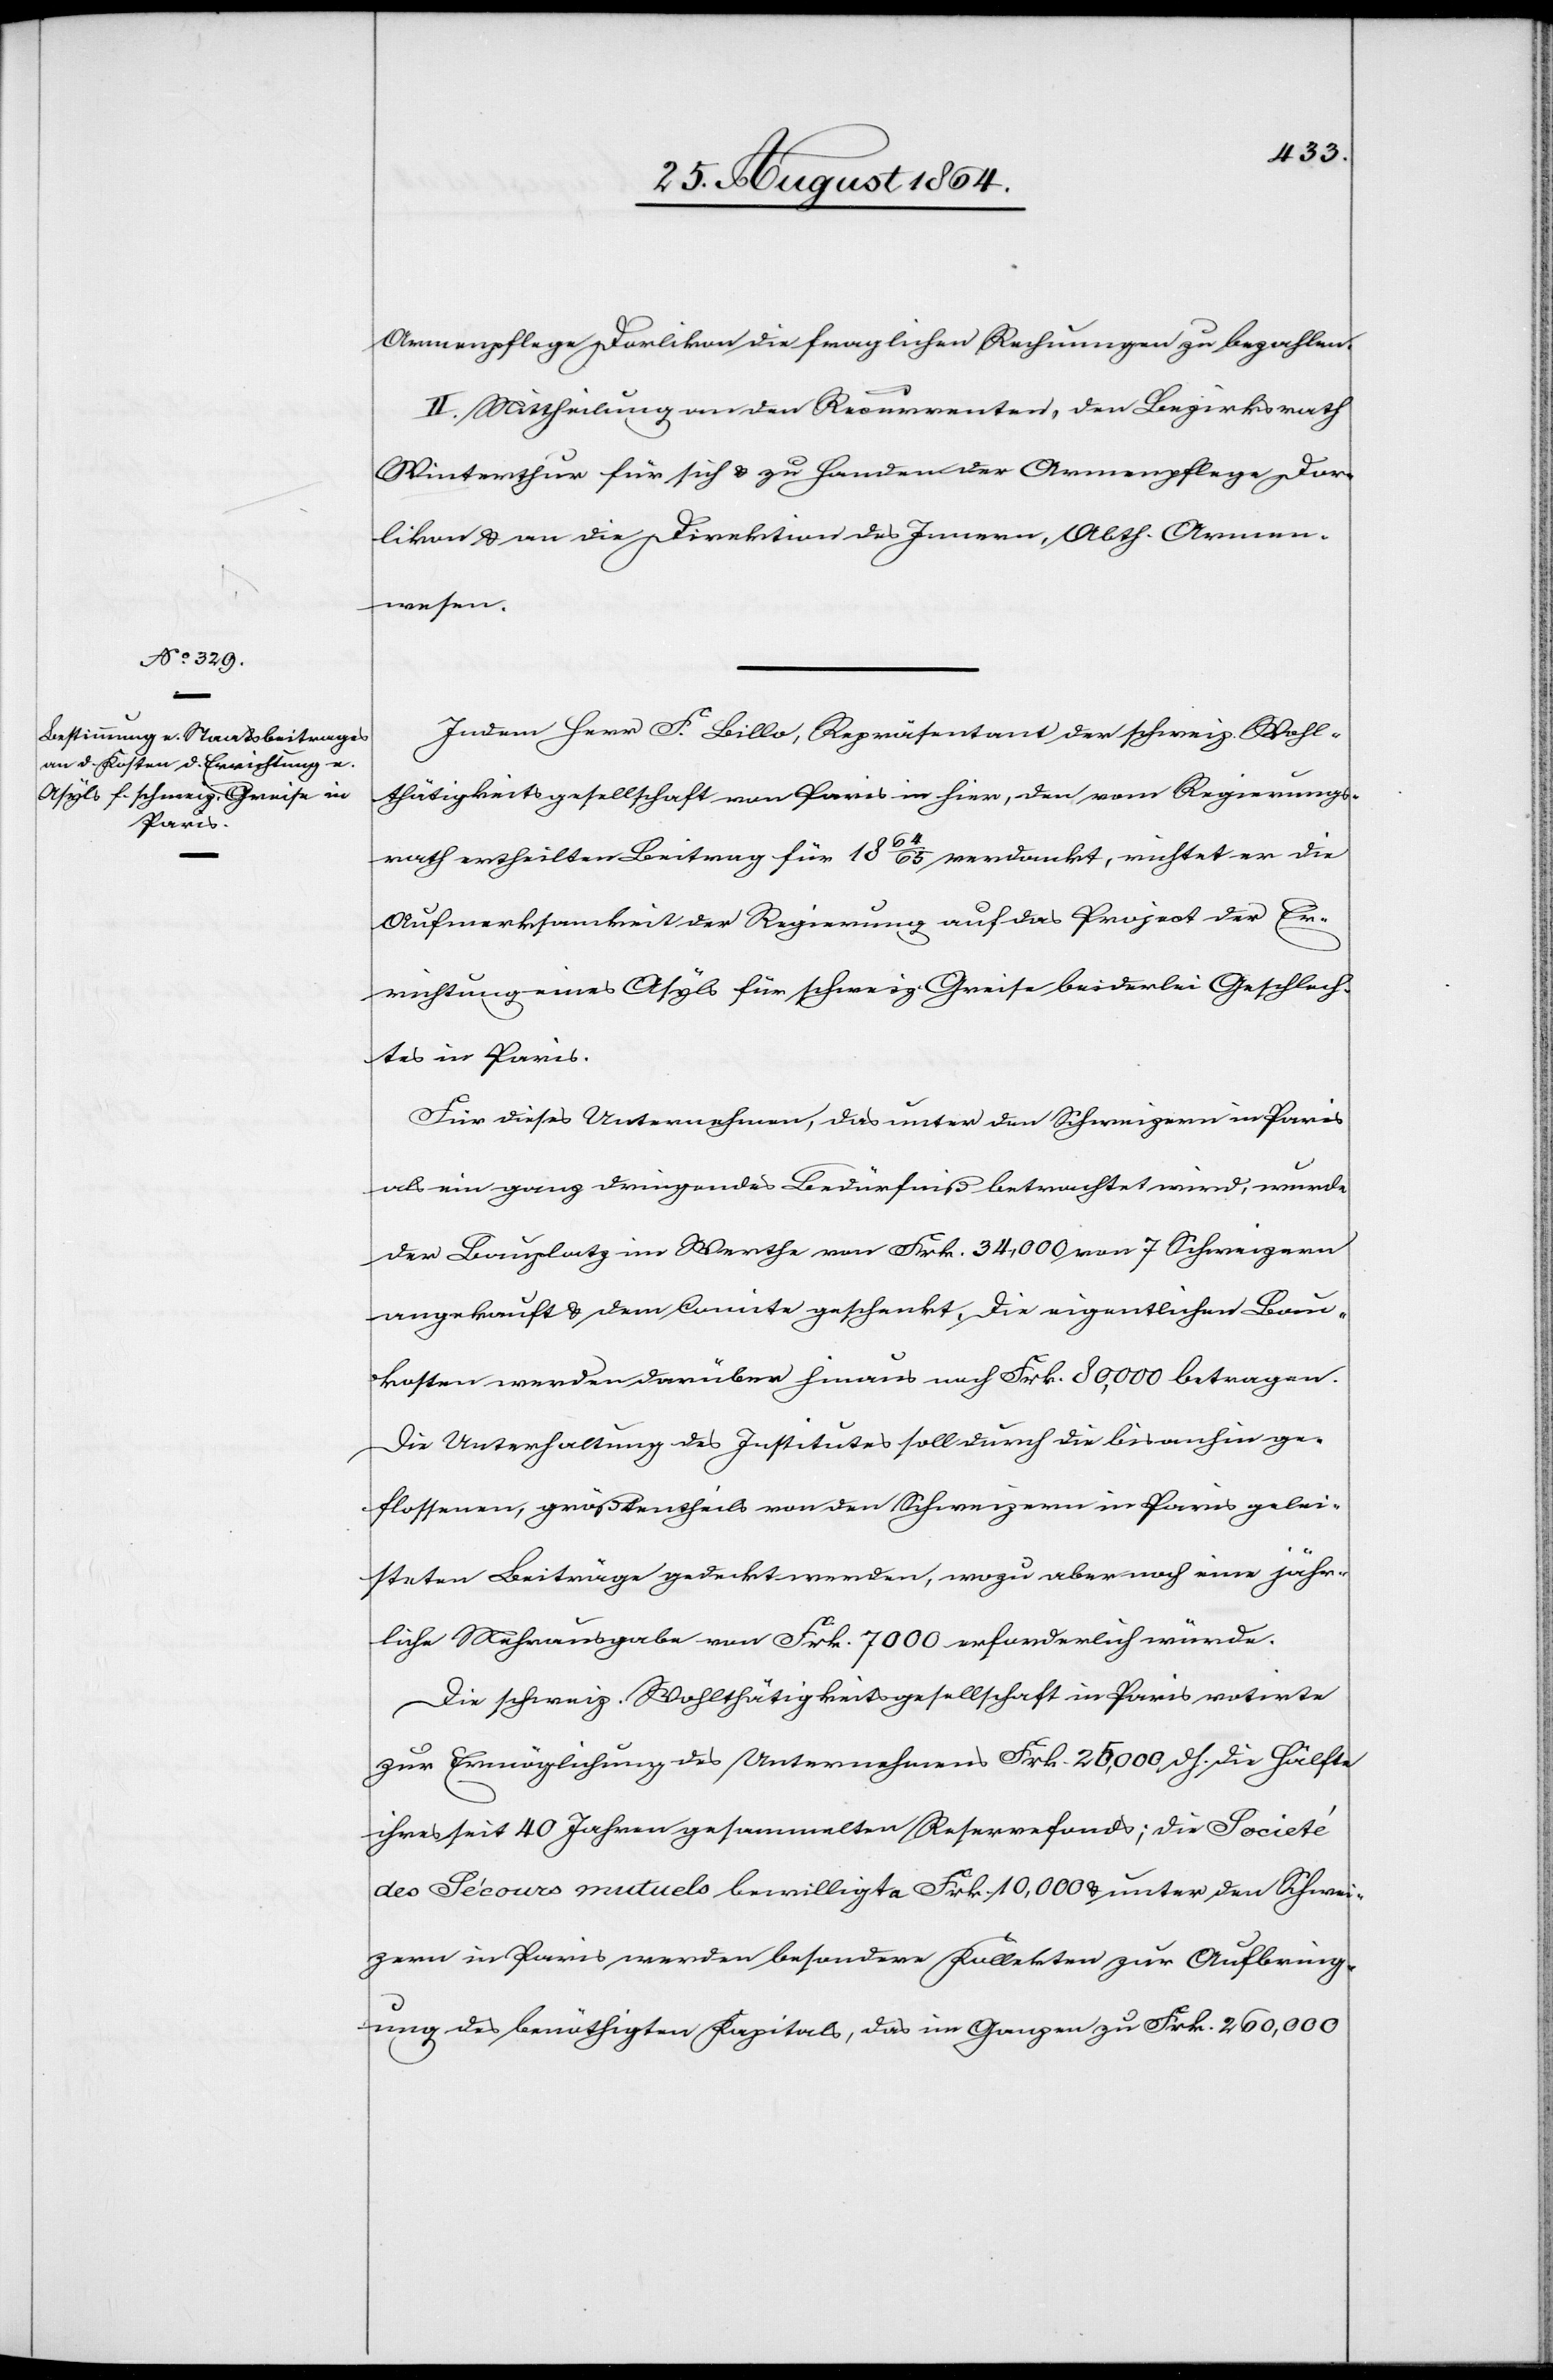
Armenpflege Dorlikon die fraglichen Rechnungen zu bezahlen.
II. Mittheilung an den Recurrenten, den Bezirksrath
Winterthur für sich & zu Handen der Armenpflege Dor¬
likon & an die Direktion des Innern, Abth. Armen¬
wesen.
Indem Herr F. Billo, Repräsentant der schweiz. Wohl¬
thätigkeitsgesellschaft von Paris in hier, den vom Regierungs¬
rath ertheilten Beitrag für 1864/65 verdankt, richtet er die
Aufmerksamkeit der Regierung auf das Project der Er¬
richtung eines Asyls für schweiz. Greise beiderlei Geschlech¬
ts in Paris.
Für dieses Unternehmen, das unter den Schweizern in Paris
als ein ganz dringendes Bedürfniß betrachtet wird, wurde
der Bauplatz im Werthe von Frk. 34,000 vom 7 Schweizern
angekauft & dem Comite geschenkt. die eigentlichen Bau¬
kosten werden darüber hinaus noch Frk. 80,000 betragen.
Die Unterhaltung des Institutes soll durch die bis anhin ge¬
flossenen, größtentheils von den Schweizern in Paris gelei¬
steten Beiträge gedeckt werden, wozu aber noch eine jähr¬
liche Mehrausgabe von Frk. 7000 erforderlich würde.
Die schweiz. Wohlthätigkeitsgesellschaft in Paris rotirte
zur Ermöglichung des Unternehmens Frk. 25,000 d. h. die Hälfte
ihres seit 40 Jahren gesammelten Reservefonds; die Societé
des Sécours mutuels bewilligte Frk. 10,000 & unter den Schwei¬
zern in Paris werden besondere Kollekten zur Aufbring¬
ung des benöthigten Kapitals, das im Ganzen zu Frk. 260,000